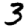
Digit: 3